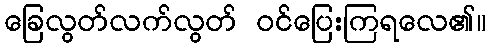
ခြေလွတ်လက်လွတ် ဝင်ပြေးကြရလေ၏။